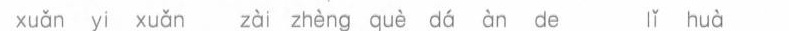
xuǎn yi xuǎn zài zhèng què dá àn de lǐ huà